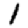
Digit: 1